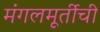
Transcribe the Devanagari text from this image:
मंगलमूर्तीची